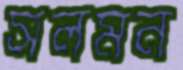
সলমন